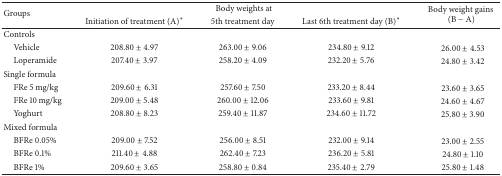
<table><thead><tr><td rowspan="2"><b>Groups</b></td><td colspan="3"><b>Body weights at</b></td><td rowspan="2"><b>Body weight gains(B − A)</b></td></tr><tr><td><b>Initiation of treatment (A)∗</b></td><td><b>5th treatment day</b></td><td><b>Last 6th treatment day (B)∗</b></td></tr></thead><tbody><tr><td>Controls</td><td> </td><td> </td><td> </td><td> </td></tr><tr><td> Vehicle</td><td>208.80 ± 4.97</td><td>263.00 ± 9.06</td><td>234.80 ± 9.12</td><td> 26.00 ± 4.53</td></tr><tr><td> Loperamide</td><td>207.40 ± 3.97</td><td>258.20 ± 4.09</td><td>232.20 ± 5.76</td><td> 24.80 ± 3.42</td></tr><tr><td>Single formula</td><td> </td><td> </td><td> </td><td> </td></tr><tr><td> FRe 5 mg/kg</td><td>209.60 ± 6.31</td><td>257.60 ± 7.50</td><td>233.20 ± 8.44</td><td> 23.60 ± 3.65</td></tr><tr><td> FRe 10 mg/kg</td><td>209.00 ± 5.48</td><td>260.00 ± 12.06</td><td>233.60 ± 9.81</td><td> 24.60 ± 4.67</td></tr><tr><td> Yoghurt</td><td>208.80 ± 8.23</td><td>259.40 ± 11.87</td><td>234.60 ± 11.72</td><td> 25.80 ± 3.90</td></tr><tr><td>Mixed formula</td><td> </td><td> </td><td> </td><td> </td></tr><tr><td> BFRe 0.05%</td><td>209.00 ± 7.52</td><td>256.00 ± 8.51</td><td>232.00 ± 9.14</td><td> 23.00 ± 2.55</td></tr><tr><td> BFRe 0.1%</td><td>211.40 ± 4.88</td><td>262.40 ± 7.23</td><td>236.20 ± 5.81</td><td> 24.80 ± 1.10</td></tr><tr><td> BFRe 1%</td><td>209.60 ± 3.65</td><td>258.80 ± 0.84</td><td>235.40 ± 2.79</td><td> 25.80 ± 1.48</td></tr></tbody></table>